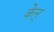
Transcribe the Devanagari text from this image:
केन्